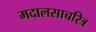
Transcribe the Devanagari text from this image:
मदालसाचरित्र